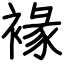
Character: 褖